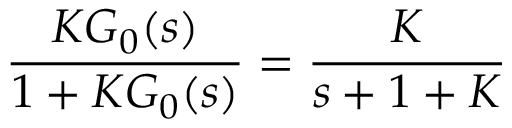
{ \frac { K G _ { 0 } ( s ) } { 1 + K G _ { 0 } ( s ) } } = { \frac { K } { s + 1 + K } }